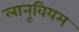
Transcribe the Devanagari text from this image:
लानूवियम